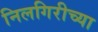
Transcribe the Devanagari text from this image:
निलगिरीच्या